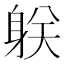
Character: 𨈽